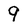
Character: 9